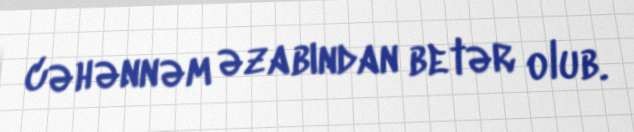
cəhənnəm əzabından betər olub.